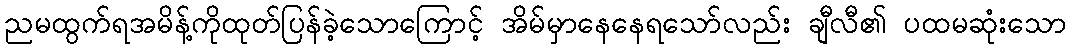
ညမထွက်ရအမိန့်ကိုထုတ်ပြန်ခဲ့သောကြောင့် အိမ်မှာနေနေရသော်လည်း ချီလီ၏ ပထမဆုံးသော